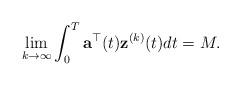
LaTeX: \begin{align*}{}\lim_{k\rightarrow\infty}\int_{0}^{T}{\bf a}^{\top}(t){\bf z}^{(k)}(t)dt=M.\end{align*}